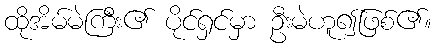
ထိုအိမ်မဲကြီး၏ ပိုင်ရှင်မှာ ဦးမဲဟူ၍ဖြစ်၏။